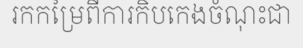
រកកម្រៃពីការកិបកេងចំណុះជា